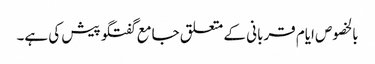
بالخصوص ایام قربانی کے متعلق جامع گفتگو پیش کی ہے۔